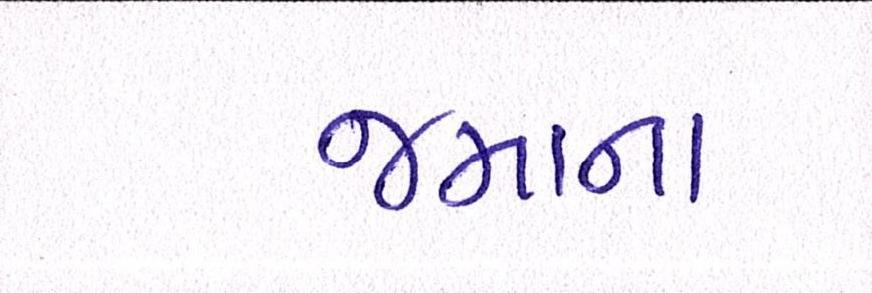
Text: જમાના